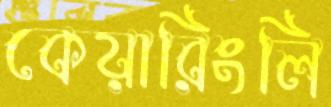
কেয়ারিংলি